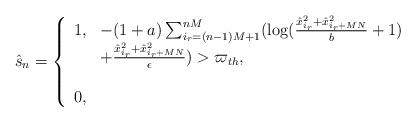
LaTeX: \begin{align*}\hat{s}_{n}=\left\{ \begin{array}{rl}1, & -(1+a)\sum_{i_{r}=(n-1)M+1}^{nM}(\log(\frac{\hat{x}_{i_{r}}^{2}+\hat{x}_{i_{r}+MN}^{2}}{b}+1)\\ & +\frac{\hat{x}_{i_{r}}^{2}+\hat{x}_{i_{r}+MN}^{2}}{\epsilon})>\varpi_{th},\\\\0, & \end{array}\right.\end{align*}